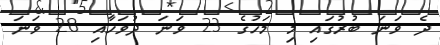
ދެ ވަނަ ބުރުގައި މި މަހުގެ 23 ވަނަ ދުވަހާއި 28 ވަނަ